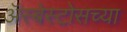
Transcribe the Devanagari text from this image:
ॲस्बेस्टोसच्या